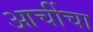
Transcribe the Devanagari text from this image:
आर्चीचा